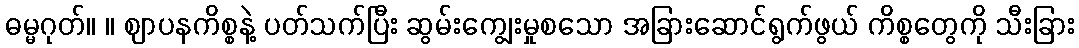
ဓမ္မဂုတ်။ ။ ဈာပနကိစ္စနဲ့ ပတ်သက်ပြီး ဆွမ်းကျွေးမှုစသော အခြားဆောင်ရွက်ဖွယ် ကိစ္စတွေကို သီးခြား